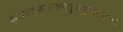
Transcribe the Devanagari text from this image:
कोदण्डचण्डशरतूणयुगाप्तभासः